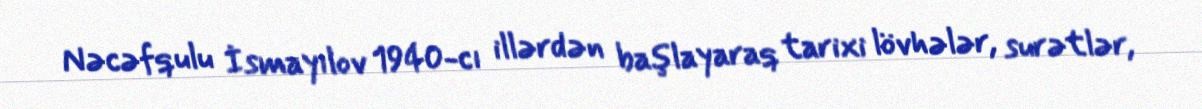
Nəcəfqulu İsmayılov 1940-cı illərdən başlayaraq tarixi lövhələr, surətlər,